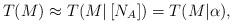
LaTeX: \begin{align*}T ( M ) \approx T ( M | \, [ N_A ] ) = T ( M | \alpha),\end{align*}